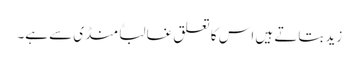
زید بتاتے ہیں اس کا تعلق غالباً منڈی سے ہے۔